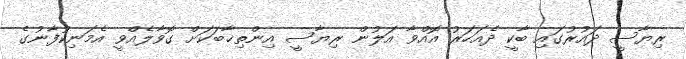
ރިޔާސީ ދައުރުގައި ބާކީ ދެއަހަރު އޮއްވާ އަލުން ރިޔާސީ އިންތިޚާބަކަށް ގޮވާލެއްވީ އެމަނިކުފާނުގެ